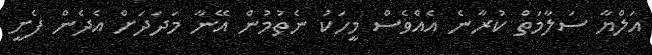
އަލްޔާ ސަލާމަތް ކުރާނެ އެއްވެސް މީހަކު ނެތުމުން އޭނާ މަދަދަށް އެދެން ފެށީ